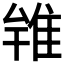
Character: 𨾰